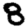
Digit: 8